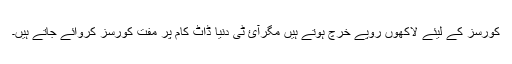
کورسز کے لیئے لاکھوں روپے خرچ ہوتے ہیں مگرآئ ٹی دنیا ڈاٹ کام پر مفت کورسز کروائے جاتے ہیں۔